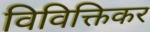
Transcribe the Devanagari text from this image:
विविक्तिकर